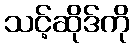
သင့်ဆိုဒ်ကို